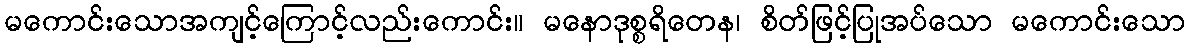
မကောင်းသောအကျင့်ကြောင့်လည်းကောင်း။ မနောဒုစ္စရိတေန၊ စိတ်ဖြင့်ပြုအပ်သော မကောင်းသော